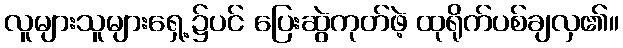
လူများသူများရှေ့၌ပင် ပြေးဆွဲကုတ်ဖဲ့ ထုရိုက်ပစ်ချလှ၏။